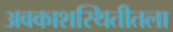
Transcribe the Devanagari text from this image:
अवकाशस्थितीतला